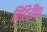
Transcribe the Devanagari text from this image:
विहिरींचा